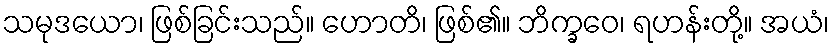
သမုဒယော၊ ဖြစ်ခြင်းသည်။ ဟောတိ၊ ဖြစ်၏။ ဘိက္ခဝေ၊ ရဟန်းတို့။ အယံ၊